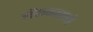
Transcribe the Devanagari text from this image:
मैककारगो